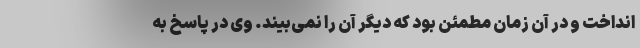
انداخت و در آن زمان مطمئن بود که دیگر آن را نمی‌بیند. وی در پاسخ به